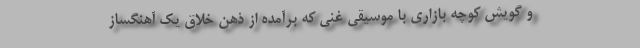
و گویش کوچه بازاری با موسیقی غنی که برآمده از ذهن خلاق یک آهنگساز